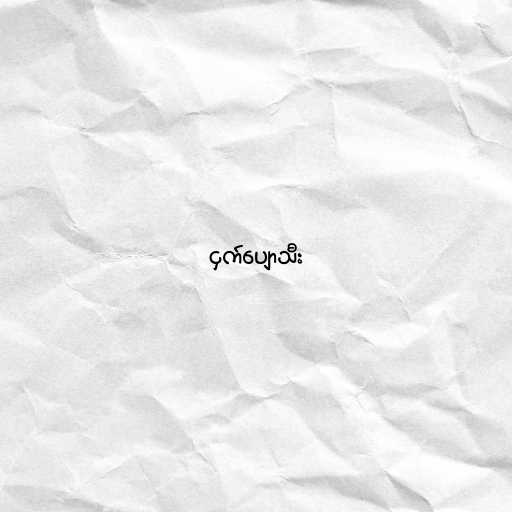
ငှက်ပျောသီး